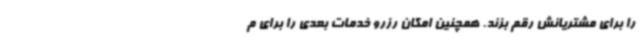
را برای مشتریانش رقم بزند. همچنین امکان رزرو خدمات بعدی را برای م